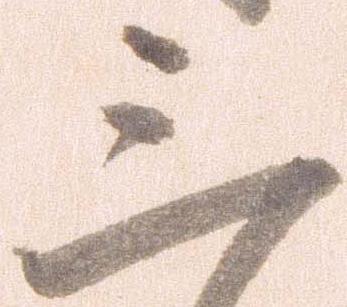
三